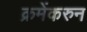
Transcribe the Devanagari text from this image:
क्रमेंकरुन